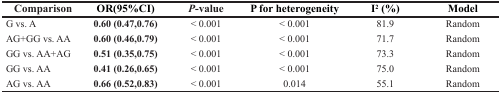
<table><thead><tr><td><b>Comparison</b></td><td><b>OR(95%CI)</b></td><td><b><i>P</i>-value</b></td><td><b>P for heterogeneity</b></td><td><b>I<sup>2</sup> (%)</b></td><td><b>Model</b></td></tr></thead><tbody><tr><td>G vs. A</td><td><b>0.60 (0.47,0.76)</b></td><td>&lt; 0.001</td><td>&lt; 0.001</td><td>81.9</td><td>Random</td></tr><tr><td>AG+GG vs. AA</td><td><b>0.60 (0.46,0.79)</b></td><td>&lt; 0.001</td><td>&lt; 0.001</td><td>71.7</td><td>Random</td></tr><tr><td>GG vs. AA+AG</td><td><b>0.51 (0.35,0.75)</b></td><td>&lt; 0.001</td><td>&lt; 0.001</td><td>73.3</td><td>Random</td></tr><tr><td>GG vs. AA</td><td><b>0.41 (0.26,0.65)</b></td><td>&lt; 0.001</td><td>&lt; 0.001</td><td>75.0</td><td>Random</td></tr><tr><td>AG vs. AA</td><td><b>0.66 (0.52,0.83)</b></td><td>&lt; 0.001</td><td>0.014</td><td>55.1</td><td>Random</td></tr></tbody></table>